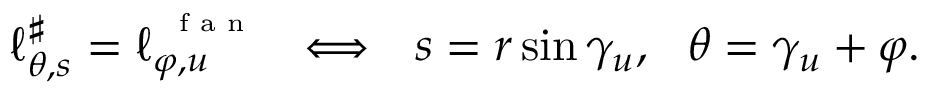
\ell _ { \theta , s } ^ { \sharp } = \ell _ { \varphi , u } ^ { ^ { \mathrm { ~ \tiny ~ f ~ a ~ n ~ } } } ~ ~ \Longleftrightarrow ~ ~ s = r \sin \gamma _ { u } , ~ ~ \theta = \gamma _ { u } + \varphi .